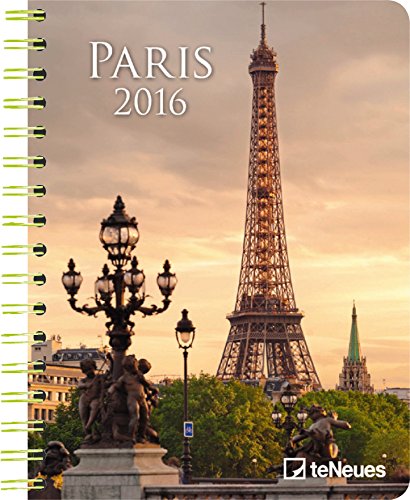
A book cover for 2016 Paris Deluxe Engagement Calendar; teNeues Publishing; Calendars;